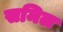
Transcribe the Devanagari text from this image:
समिल